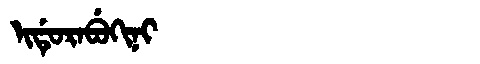
Manchu: ᡳᡩᡠᡵᠠᠪᡠᡴᡳᠨᡳ
Romanization: IDURABUKINI